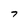
Character: 7